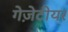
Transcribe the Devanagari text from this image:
गेज़ेटीयर